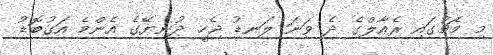
މި މެޗުގައި ރެއާލްގެ ދެ ވަނަ ލަނޑު ޖެހީ ދުނިޔޭގެ އެންމެ އަގުބޮޑު